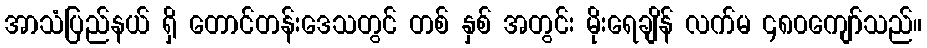
အာသံပြည်နယ် ရှိ တောင်တန်းဒေသတွင် တစ် နှစ် အတွင်း မိုးရေချိန် လက်မ ၄၈၀ကျော်သည်။